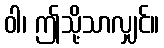
ဝါ၊ ဤသို့သာလျှင်။